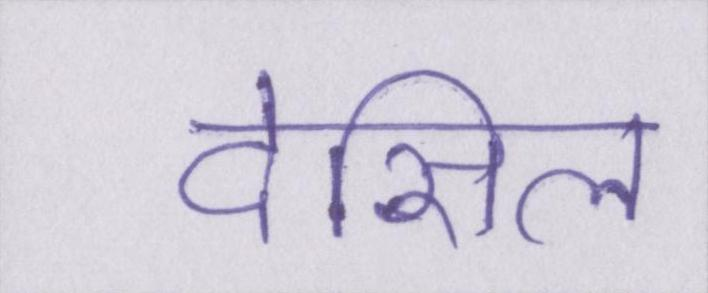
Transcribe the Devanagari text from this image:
देसिल